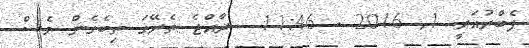
ފެބްރުއަރީ 1